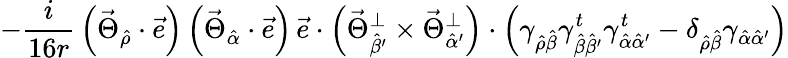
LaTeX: -\frac{i}{16r}\, \left(\vec{\Theta}_{\hat{\rho}}\cdot\vec{e}\right)\left(\vec{\Theta}_{\hat{\alpha}}\cdot\vec{e}\right)\, \vec{e}\cdot\left(\vec{\Theta}_{\hat{\beta}^{\prime}}^{\bot}\times\vec{\Theta}_{\hat{\alpha}^{\prime}}^{\bot}\right)\cdot\left(\gamma_{\hat{\rho}\hat{\beta}}\gamma_{\hat{\beta}\hat{\beta}^{\prime}}^{t}\gamma_{\hat{\alpha}\hat{\alpha}^{\prime}}^{t}-\delta_{\hat{\rho}\hat{\beta}}\gamma_{\hat{\alpha}\hat{\alpha}^{\prime}}\right)